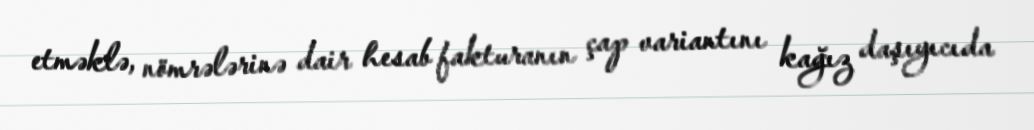
etməklə, nömrələrinə dair hesab fakturanın çap variantını kağız daşıyıcıda